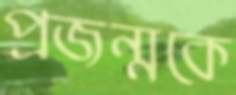
প্রজন্মকে